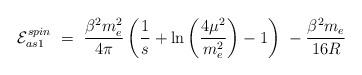
LaTeX: \begin{align*}{\cal E}^{spin}_{as1}\ =\ \frac{\beta^2m_e^2}{4\pi}\left(\frac 1s +\ln\left(\frac{4\mu^2}{m_e^2}\right) -1\right)\-\ -\frac{\beta^2m_e}{16R}\end{align*}